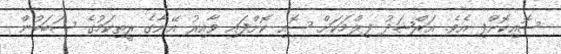
ސޮއިކޮށްފި އެވެ. އަރްޝަދު ފިލްމަކަށް ސޮއި ކޮށްފައި ވާއިރު އޭނާގެ ރީތިކަމުގެ ސަބަބުން